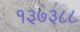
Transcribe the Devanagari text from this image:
१३७३८८